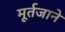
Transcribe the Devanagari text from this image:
मूर्तजाने